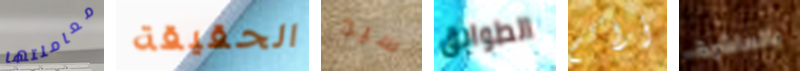
معاملتها الحقيقة سيد الطوابق أراكم بالعاشرة